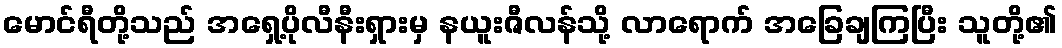
မောင်ရီတို့သည် အရှေ့ပိုလီနီးရှားမှ နယူးဇီလန်သို့ လာရောက် အခြေချကြပြီး သူတို့၏